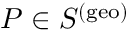
P \in S ^ { ( \mathrm { g e o } ) }